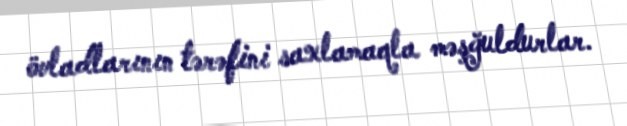
övladlarının tərəfini saxlamaqla məşğuldurlar.